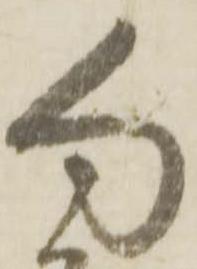
句